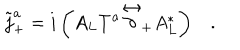
\tilde { j } _ { + } ^ { a } = i \left( A _ { L } T ^ { a } \stackrel { \leftrightarrow } { \partial } _ { + } A _ { L } ^ { * } \right) .